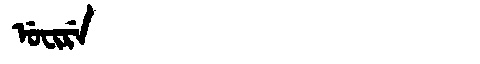
Manchu: ᡠᠸᡳᡵᡝ
Romanization: UFIRE